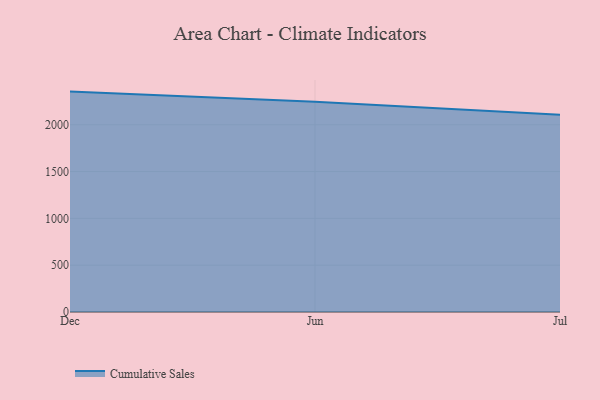
{"axis": {"x": "Month", "y": "Inventory Turnover"}, "legend": ["Cumulative Sales"], "data": [{"x": "Dec", "y": 2354.1, "type": "Cumulative Sales"}, {"x": "Jun", "y": 2245.0, "type": "Cumulative Sales"}, {"x": "Jul", "y": 2108.0, "type": "Cumulative Sales"}]}